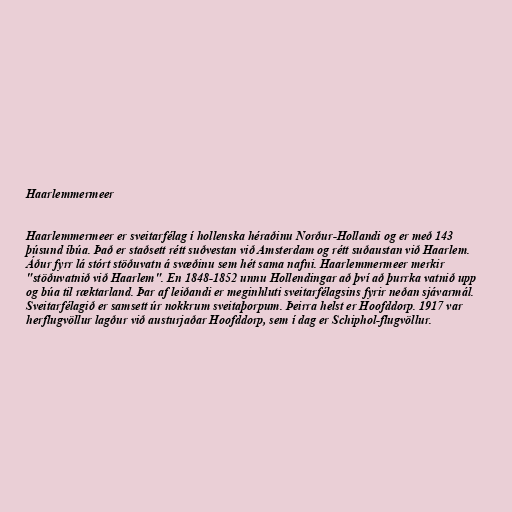
Haarlemmermeer

Haarlemmermeer er sveitarfélag í hollenska héraðinu Norður-Hollandi og er með 143
þúsund íbúa. Það er staðsett rétt suðvestan við Amsterdam og rétt suðaustan við Haarlem.
Áður fyrr lá stórt stöðuvatn á svæðinu sem hét sama nafni. Haarlemmermeer merkir
"stöðuvatnið við Haarlem". En 1848-1852 unnu Hollendingar að því að þurrka vatnið upp
og búa til ræktarland. Þar af leiðandi er meginhluti sveitarfélagsins fyrir neðan sjávarmál.
Sveitarfélagið er samsett úr nokkrum sveitaþorpum. Þeirra helst er Hoofddorp. 1917 var
herflugvöllur lagður við austurjaðar Hoofddorp, sem í dag er Schiphol-flugvöllur.